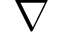
\boldsymbol { \nabla }